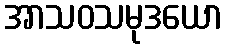
အာသဝသမုဒယော